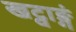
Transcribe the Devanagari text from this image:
खट्वाङ्गं